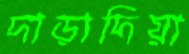
দাড়াদিয়া